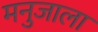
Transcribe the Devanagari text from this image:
मनुजाला